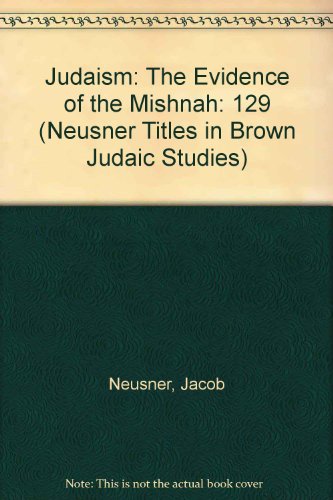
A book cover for Judaism: The Evidence of the Mishnah (Neusner Titles in Brown Judaic Studies); Jacob Neusner; Religion & Spirituality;